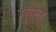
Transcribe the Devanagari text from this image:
मुल्लू